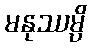
မနုဿမ္ပိ